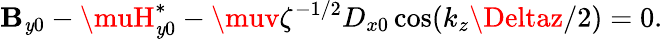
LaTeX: \mathbf{B}_{\mathit{y}0}-\muH_{\mathit{y}0}^{*}-\muv\zeta^{-1/2}D_{x0}\cos(k_{z}\Deltaz/2)=0.